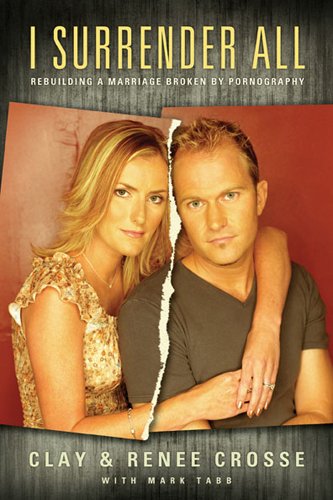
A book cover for I Surrender All: Rebuilding a Marriage Broken by Pornography; Clay Crosse; Health, Fitness & Dieting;